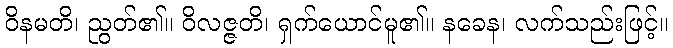
ဝိနမတိ၊ ညွတ်၏။ ဝိလဇ္ဇတိ၊ ရှက်ယောင်မူ၏။ နခေန၊ လက်သည်းဖြင့်။